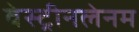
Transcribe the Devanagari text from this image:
वेस्ट्रीनलेनम